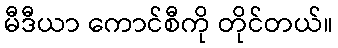
မီဒီယာ ကောင်စီကို တိုင်တယ်။